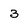
Character: 3